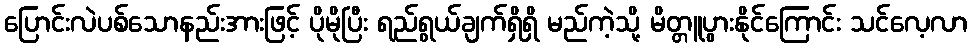
ပြောင်းလဲပစ်သောနည်းအားဖြင့် ပိုမိုပြီး ရည်ရွယ်ချက်ရှိရှိ မည်ကဲ့သို့ မိတ္တူပွားနိုင်ကြောင်း သင်လေ့လာ